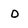
Character: D